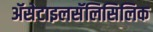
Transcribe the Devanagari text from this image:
ॲसेटाइलसॅलिसिलिक